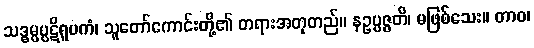
သဒ္ဓမ္မပ္ပဋိရူပကံ၊ သူတော်ကောင်းတို့၏ တရားအတုတည်။ နဥပ္ပဇ္ဇတိ၊ မဖြစ်သေး။ တာဝ၊